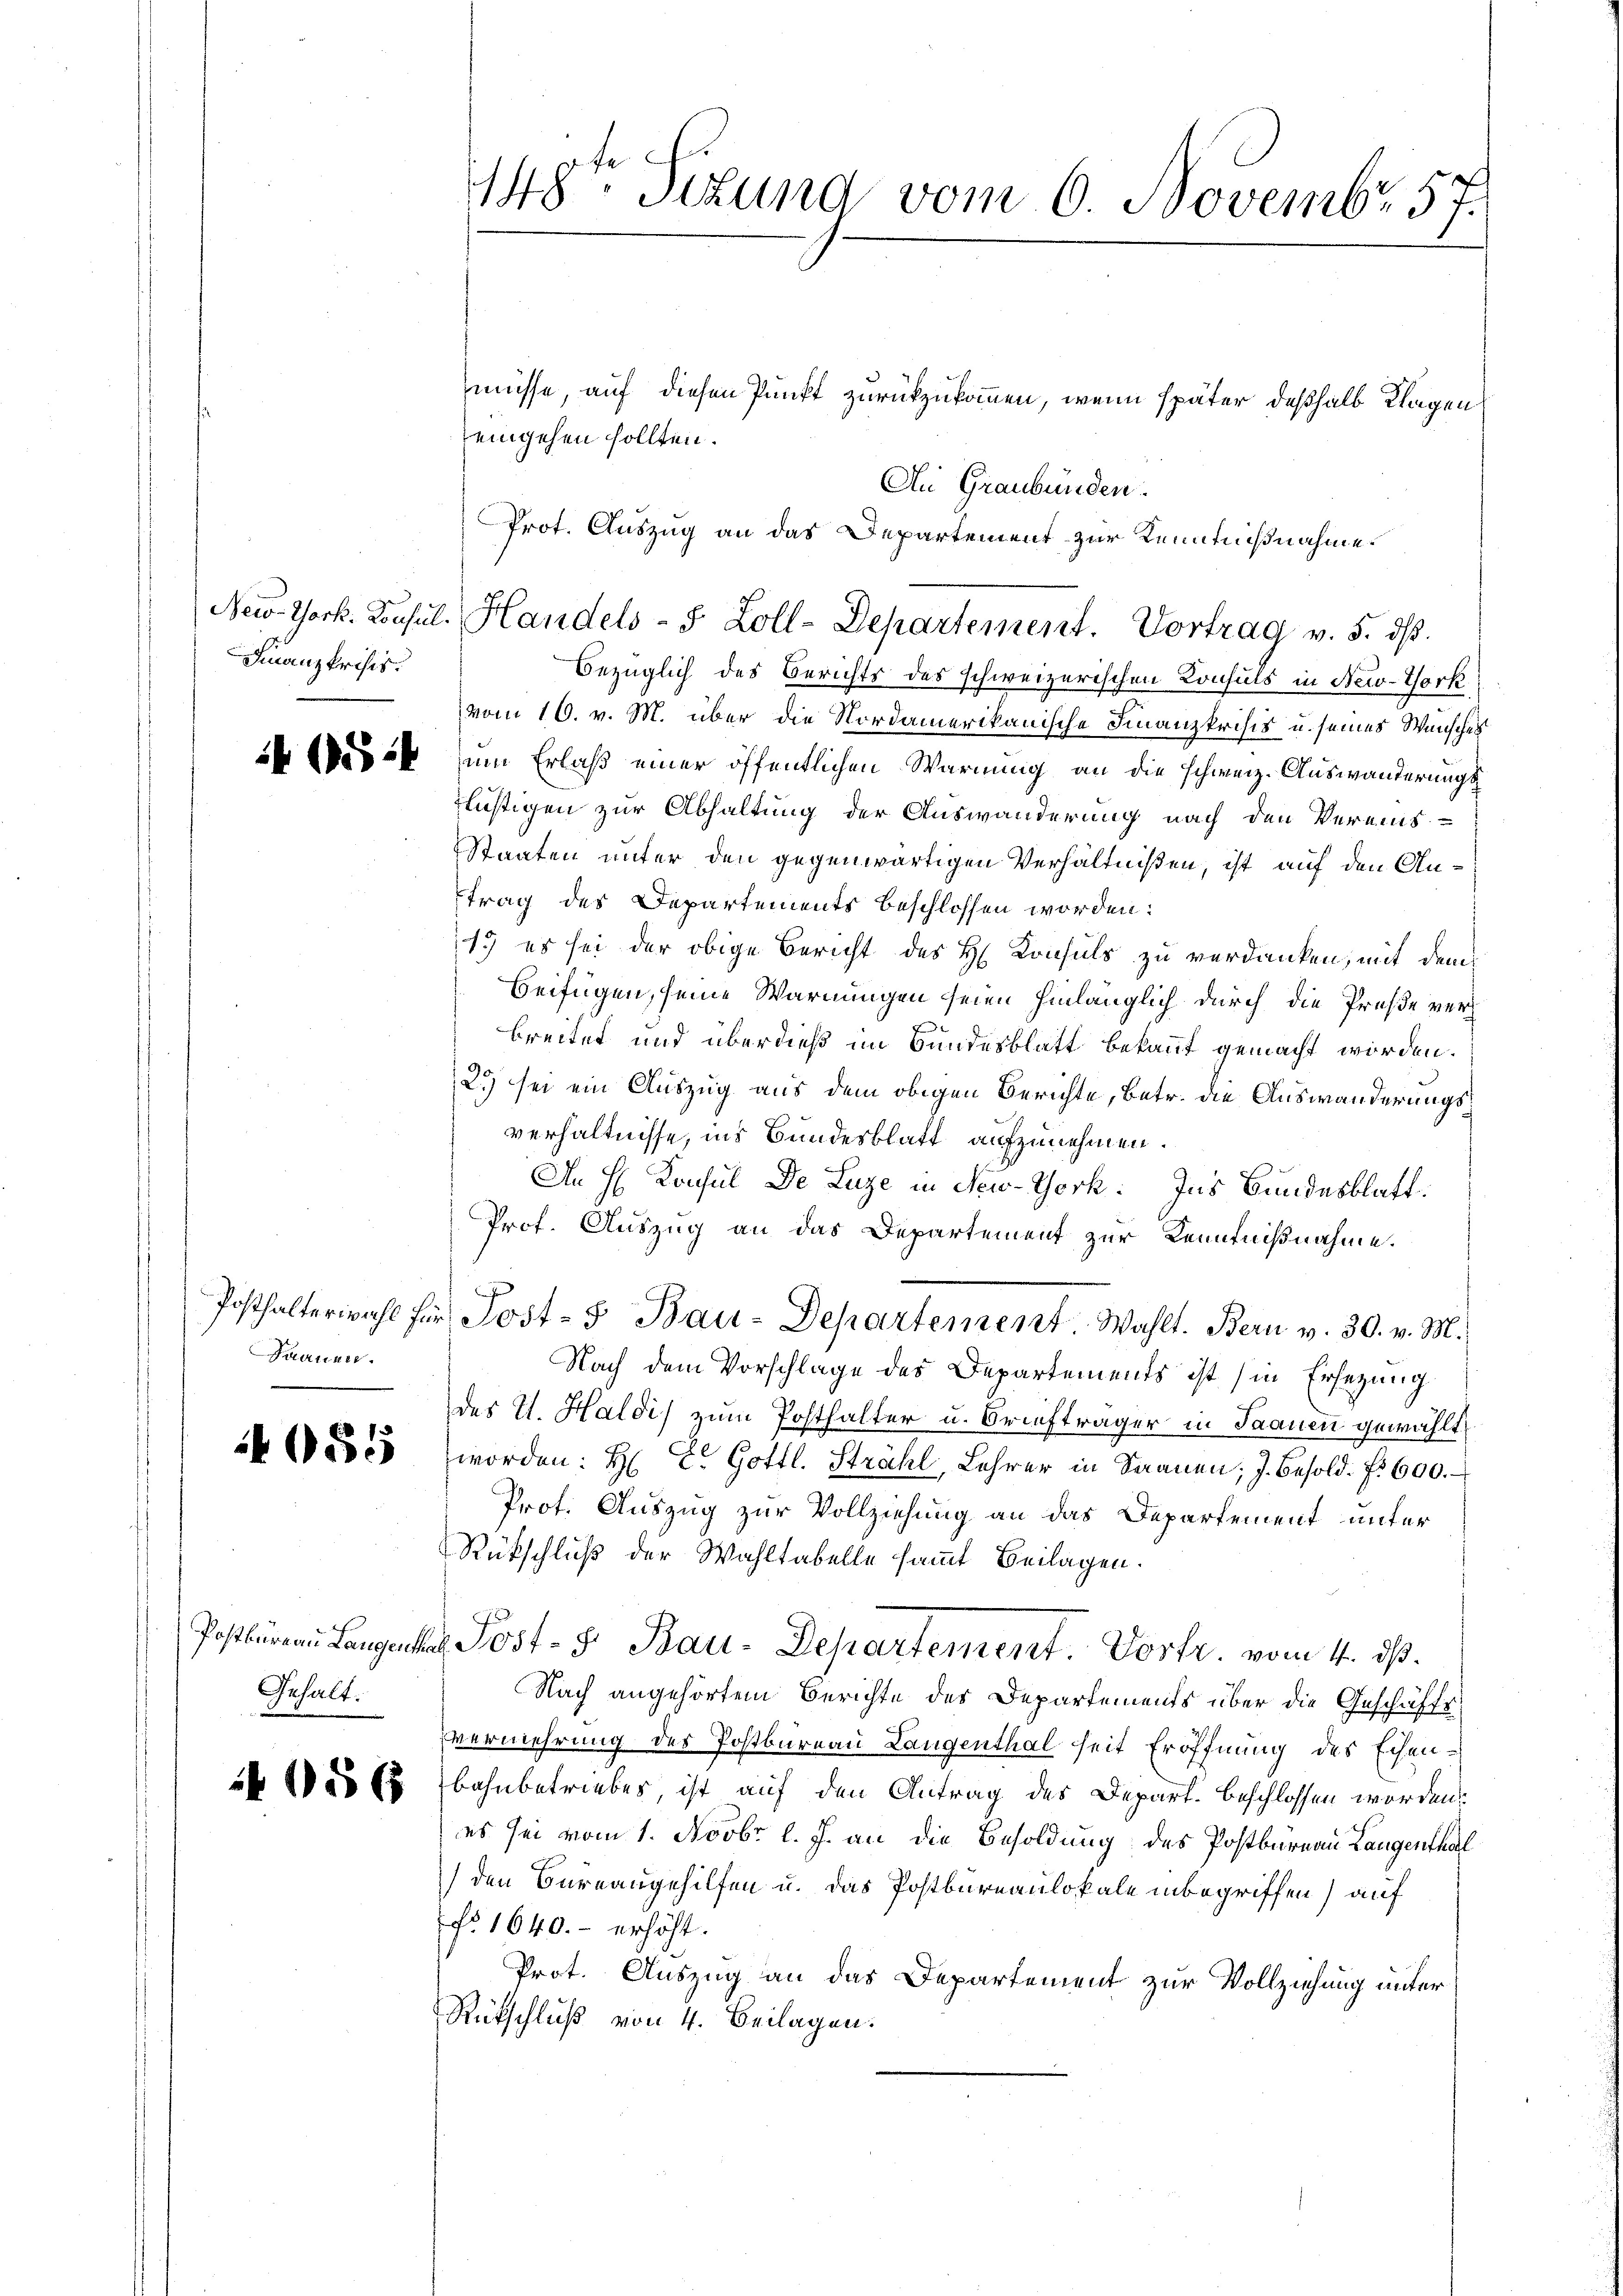
Finanzkrisis.

46:

Frauen.

055

Gehalt:

1086

148. Situng vom 6. Novembr 57.

eingehen sollten.
Prot. Auszug an das Departement zur Kenntnißnahme.

Bezüglich des Berichts des schweizerischen Konsuls in New-York
vom 16. v. M. über die Nordamerikanische Finanzkrisis u. seines Wunsches
um Erlaß einer öffentlichen Warnung an die schweiz. Auswanderungs¬
Füstigen zur Abhaltung der Auswanderung nach den Vereins-
Staaten unter den gegenwärtigen Verhältnißen, ist auf den Anftrag des Departements beschlossen worden:
1. es sei der obige Bericht des H. Konsuls zu verdanken, mit dem
Beifügen, seine Warnungen seien hinlänglich durch die Preße verh
breitet und überdieß im Bundesblatt bekannt gemacht worden.
2.) sei ein Auszug aus dem obigen Berichte, betr. die Auswanderungsverhältnisse, ins Bundesblatt aufzunehmen.
An H Konsul De Luze in New-York: Ins Bundesblatt.
Prof. Auszug an das Departement zur Kenntnißnahme.
Posthalterwahl für Post- & Bau-Departement. Wahlt. Bern v. 30. v. M.,
Nach dem Vorschlage des Departements ist (in Ersezung
des V. Haldis zum Posthalter u. Briefträger in Saanen gewählt,
worden: H. E. Gottl. Strahl, Lehrer in Saanen; J. Besold. f. 600.
Prot. Auszug zur Vollziehung an das Departement unter
Rückschluß der Wahltabelle sammt Beilagen.
Postbüreau Langen Post- & Bau-Departement. Dorfr. vom 4. ds.
Nach angehörtem Berichte des Departements über die Geschäfts
vermehrung des Postbureau Langenthal seit Eröffnung des Echenbahnbetriebes, ist auf den Antrag des Depart. beschlossen worden,
es sei vom 1. Novbr. l. J. an die Besoldung des Postbureau Langenthal
den Bureaugehilfen u. das Postbureaulokale inbegriffen) auf
No 1640.- erhöht.
Prot. Auszug an das Departement zur Vollziehung unter
Rütschluß von 4. Beilagen.

New York. Konsul, Handels-S. Zoll-Departement. Vortrag v. 5. dß.

müsse, auf diesen Punkt zurückzukommen, wenn später deßhalb Klagen
An Graubünden.